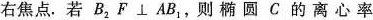
右焦点。若B_{2}F⊥AB_{1}；，则椭圆C的离心率